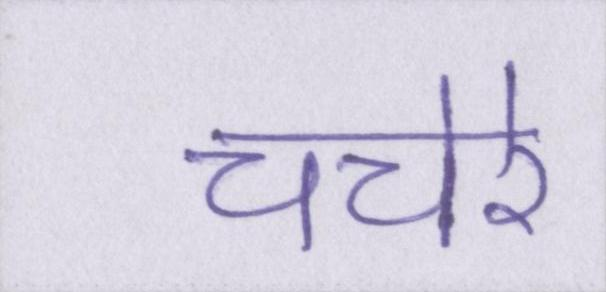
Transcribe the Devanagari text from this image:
चचेरे